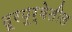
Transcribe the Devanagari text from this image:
दूरपूर्वेतील